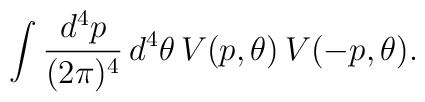
\int \frac{d^4p}{(2\pi)^4}\,d^4\theta\,V(p,\theta)\,V(-p,\theta).